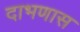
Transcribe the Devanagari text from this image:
दाभणास